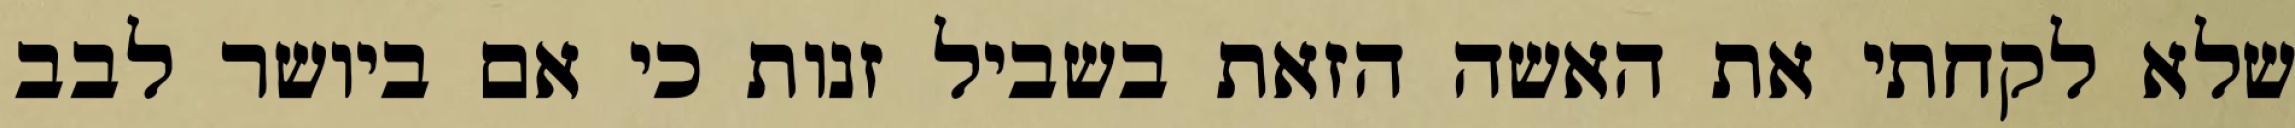
שלא לקחתי את האשה הזאת בשביל זנות כי אם ביושר לבב